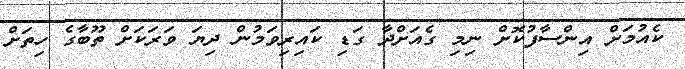
ކެއުމަށް އިންސާފުކޮށް ނިމި ގެއަށްދާ ގަޑި ކައިިރިވަމުން ދިޔަ ވަރަކަށް ތޫބާގެ ހިތަށް